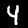
Digit: 4